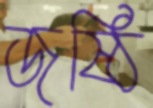
জষ্ঠি